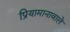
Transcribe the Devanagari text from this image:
प्रियामानावाले